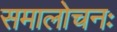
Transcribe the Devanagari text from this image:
समालोचनः